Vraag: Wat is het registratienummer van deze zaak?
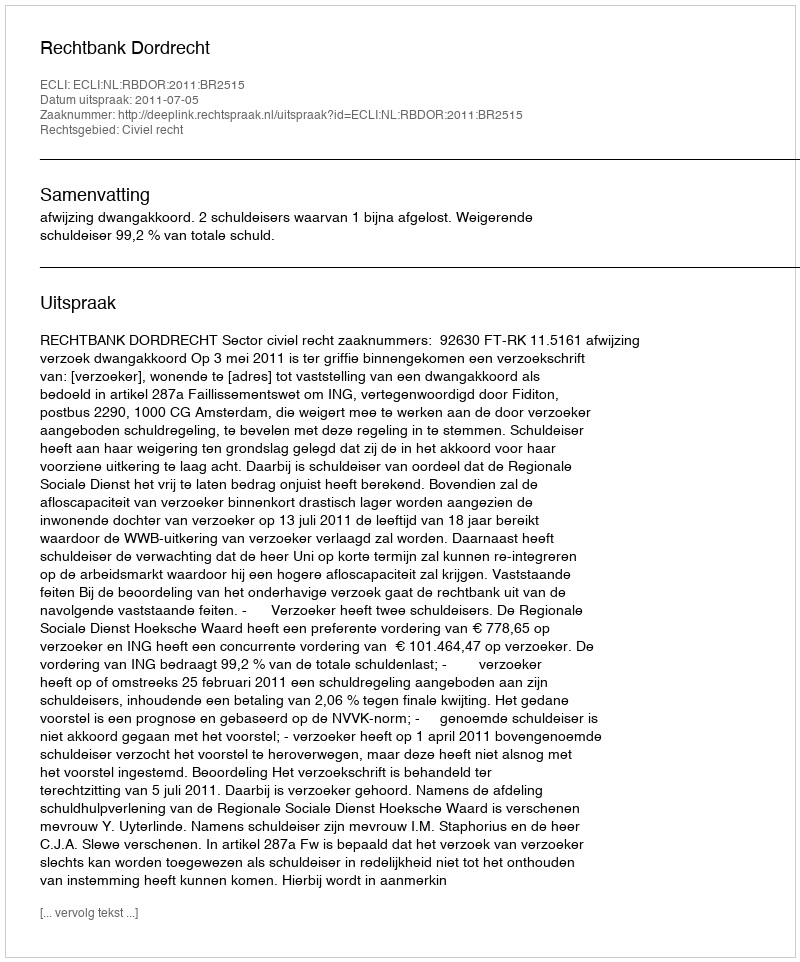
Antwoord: http://deeplink.rechtspraak.nl/uitspraak?id=ECLI:NL:RBDOR:2011:BR2515